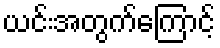
ယင်းအတွက်ကြောင့်